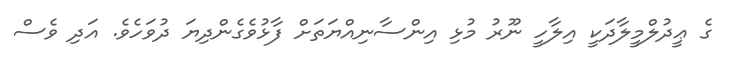
ގެ ޢީދުލްމީލާދަކީ އިލާހީ ނޫރު މުޅި އިންސާނިއްޔަތަށް ފާޅުވެގެންދިޔަ ދުވަހެވެ. އަދި ވެސް